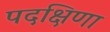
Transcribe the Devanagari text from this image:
पदक्षिणा